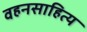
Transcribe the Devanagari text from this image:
वहनसाहित्य